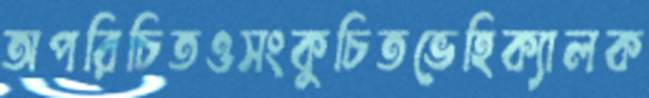
অপরিচিতওসংকুচিতভেহিক্যালক